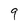
Character: 9